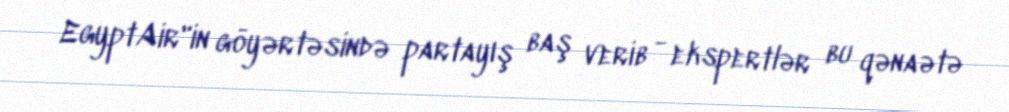
EgyptAir"in göyərtəsində partayış baş verib - ekspertlər bu qənaətə